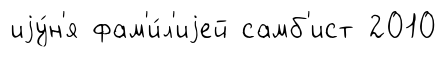
иjу́н'я фам'и́л'иjей самб'ист 2010